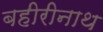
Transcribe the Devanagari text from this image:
बहीरीनाथ